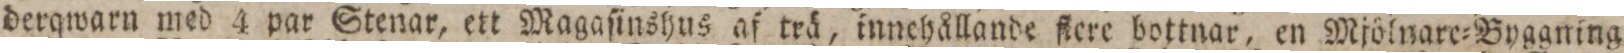
derqwarn med 4 par Stenar, ett Magaſinshus af trä, innchållande ſtere bottnar, en Mjölnare=Byggning